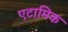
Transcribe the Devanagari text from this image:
एटामिक